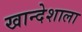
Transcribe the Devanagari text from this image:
खान्देशाला